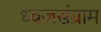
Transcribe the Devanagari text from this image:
ध्वजसंग्राम